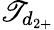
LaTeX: \mathscr{T}_{d_{2+}}